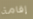
إقامة